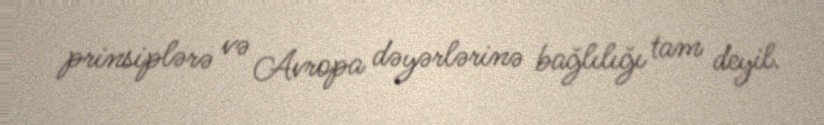
prinsiplərə və Avropa dəyərlərinə bağlılığı tam deyil.